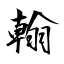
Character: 翰